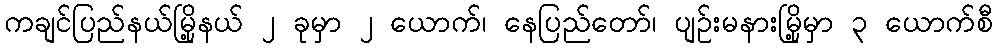
ကချင်ပြည်နယ်မြို့နယ် ၂ ခုမှာ ၂ ယောက်၊ နေပြည်တော်၊ ပျဉ်းမနားမြို့မှာ ၃ ယောက်စီ